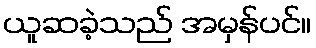
ယူဆခဲ့သည် အမှန်ပင်။